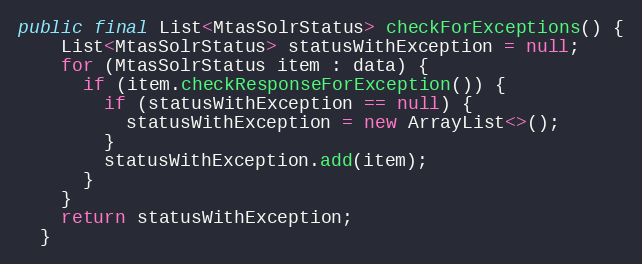
Language: Java
public final List<MtasSolrStatus> checkForExceptions() {
    List<MtasSolrStatus> statusWithException = null;
    for (MtasSolrStatus item : data) {
      if (item.checkResponseForException()) {
        if (statusWithException == null) {
          statusWithException = new ArrayList<>();
        }
        statusWithException.add(item);
      }
    }
    return statusWithException;
  }